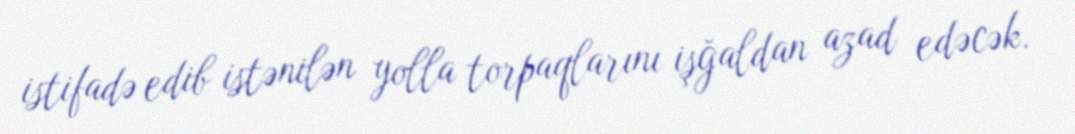
istifadə edib istənilən yolla torpaqlarını işğaldan azad edəcək.